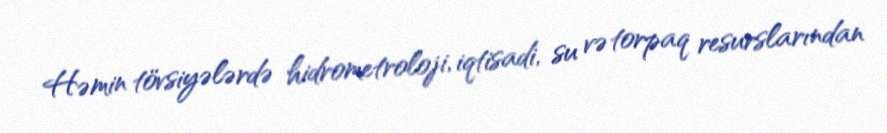
Həmin tövsiyələrdə hidrometroloji, iqtisadi, su və torpaq resurslarından